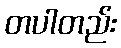
တပါတည်း